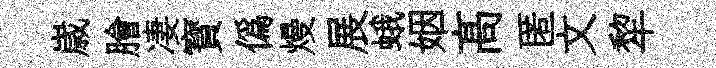
𡻕膾凄寳僞熳展蛾姻髙匿文犂